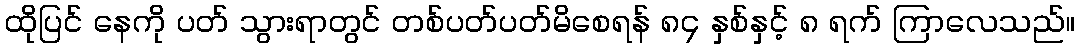
ထိုပြင် နေကို ပတ် သွားရာတွင် တစ်ပတ်ပတ်မိစေရန် ၈၄ နှစ်နှင့် ၈ ရက် ကြာလေသည်။